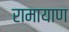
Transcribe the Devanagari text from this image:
रामायाण